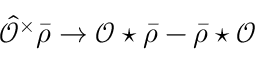
\hat { \mathcal { O } } ^ { \times } \bar { \rho } \rightarrow \mathcal { O } \star \bar { \rho } - \bar { \rho } \star \mathcal { O }